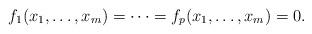
LaTeX: \begin{align*}f_1(x_1,\dots,x_m) = \dots = f_p(x_1,\dots,x_m) = 0. \end{align*}